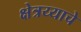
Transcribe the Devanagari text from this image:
क्षेत्रय्याचे